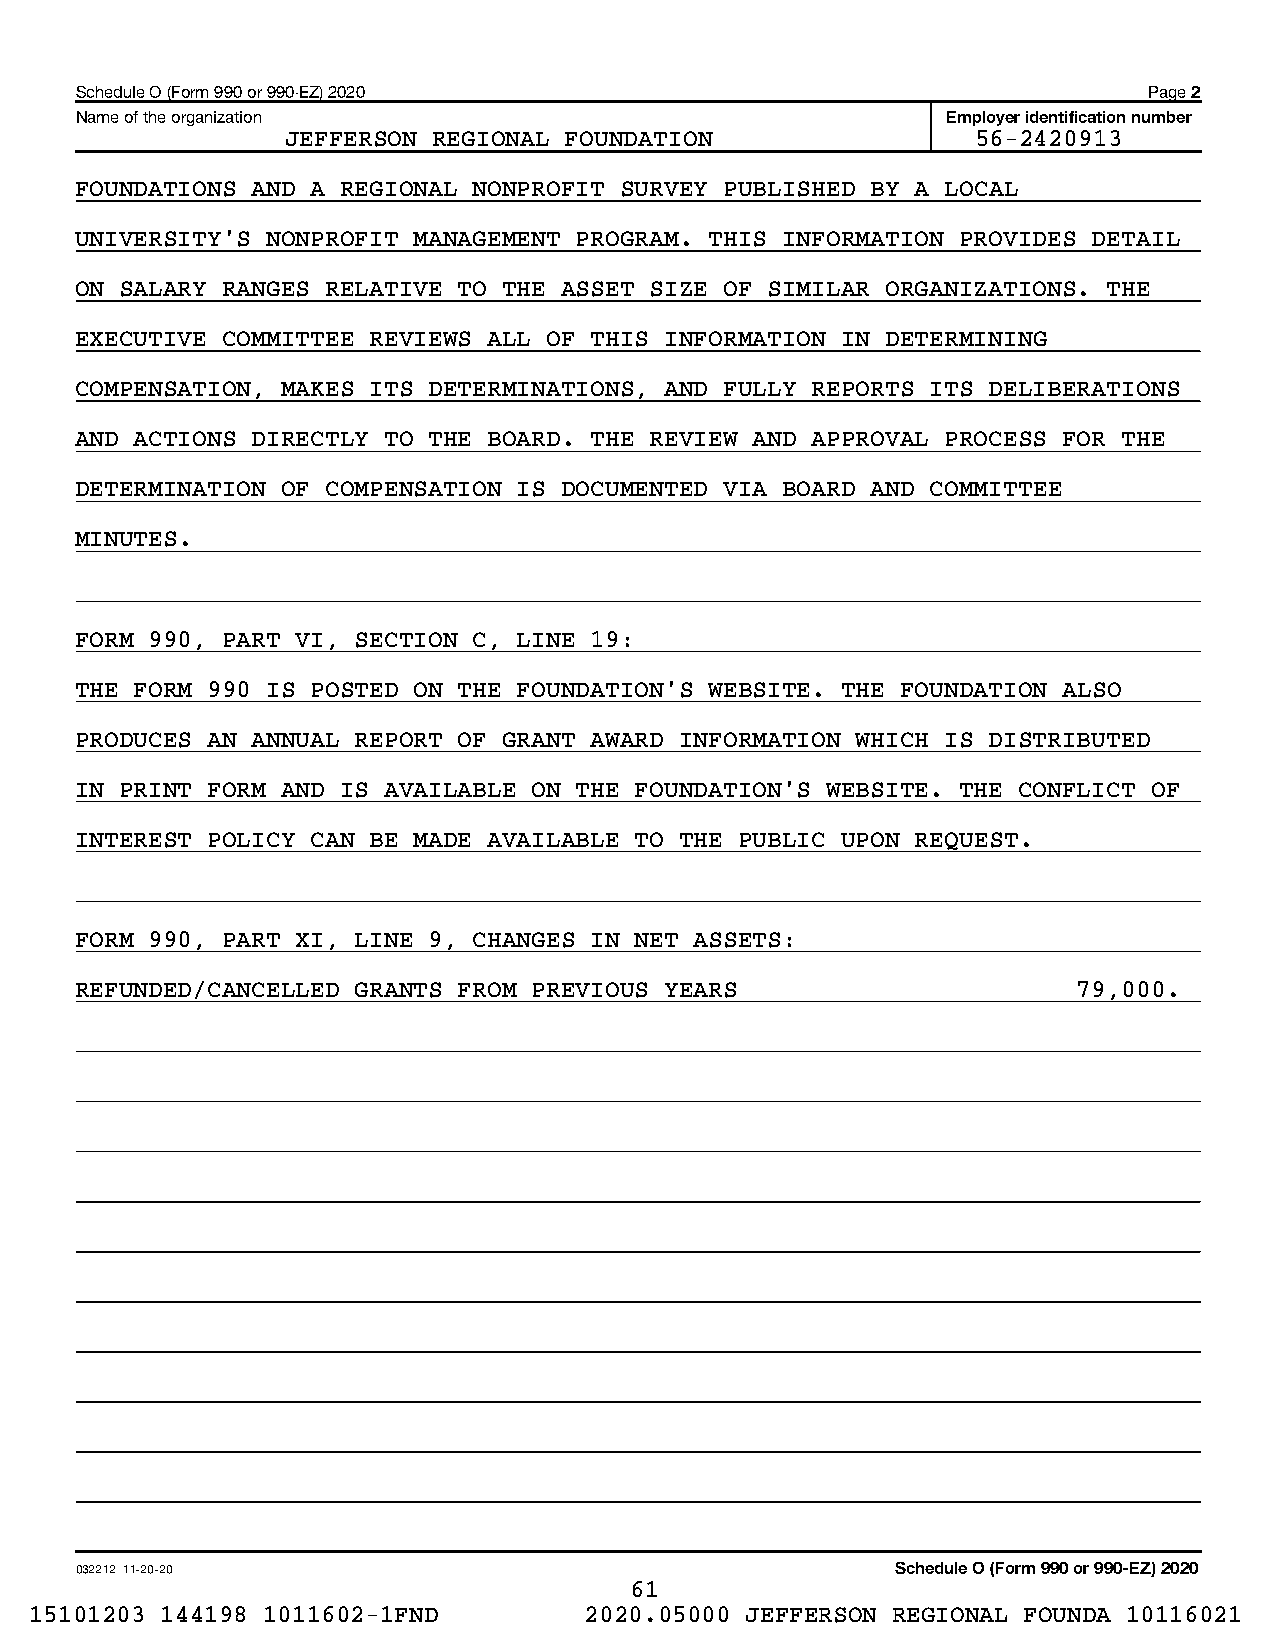
Schedule O (Form 990 or 990-EZ) 2020                                   Page 2
 Name of the organization                                  Employer identification number
 JEFFERSON REGIONAL FOUNDATION                 56-2420913
 FOUNDATIONS AND A REGIONAL NONPROFIT SURVEY PUBLISHED BY A LOCAL
 UNIVERSITY'S NONPROFIT MANAGEMENT PROGRAM. THIS INFORMATION PROVIDES DETAIL
 ON SALARY RANGES RELATIVE TO THE ASSET SIZE OF SIMILAR ORGANIZATIONS. THE
 EXECUTIVE COMMITTEE REVIEWS ALL OF THIS INFORMATION IN DETERMINING
 COMPENSATION, MAKES ITS DETERMINATIONS, AND FULLY REPORTS ITS DELIBERATIONS
 AND ACTIONS DIRECTLY TO THE BOARD. THE REVIEW AND APPROVAL PROCESS FOR THE
 DETERMINATION OF COMPENSATION IS DOCUMENTED VIA BOARD AND COMMITTEE
 MINUTES.
 FORM 990, PART VI, SECTION C, LINE 19:
 THE FORM 990 IS POSTED ON THE FOUNDATION'S WEBSITE. THE FOUNDATION ALSO
 PRODUCES AN ANNUAL REPORT OF GRANT AWARD INFORMATION WHICH IS DISTRIBUTED
 IN PRINT FORM AND IS AVAILABLE ON THE FOUNDATION'S WEBSITE. THE CONFLICT OF
 INTEREST POLICY CAN BE MADE AVAILABLE TO THE PUBLIC UPON REQUEST.
 FORM 990, PART XI, LINE 9, CHANGES IN NET ASSETS:
 REFUNDED/CANCELLED GRANTS FROM PREVIOUS YEARS                     79,000.
 032212 11-20-20                                       Schedule O (Form 990 or 990-EZ) 2020
 61
 15101203 144198 1011602-1FND         2020.05000 JEFFERSON REGIONAL FOUNDA 10116021